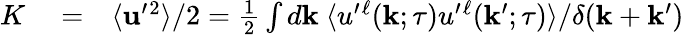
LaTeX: \begin{array}{rlr}{K}&{{}=}&{\langle{{\mathbf{u}}^{\prime}{}^{2}}\rangle/2=\frac{1}{2}\int d{\mathbf{k}}\ \langle{u^{\prime}{}^{\ell}({\mathbf{k}};\tau)u^{\prime}{}^{\ell}({\mathbf{k}}^{\prime};\tau)}\rangle/\delta({\mathbf{k}}+{\mathbf{k}}^{\prime})}\end{array}